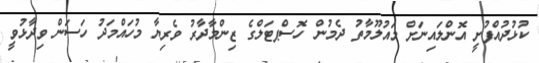
ކުޅުދުއްފުށީ އޮންލައިނަށް މައުލޫމާތު ދެމުން ހޮސްޕޓަލްގެ ޒިންމާދާރު ވެރިޔާ މުހައްމަދު ހަސަން ވިދާޅުވީ